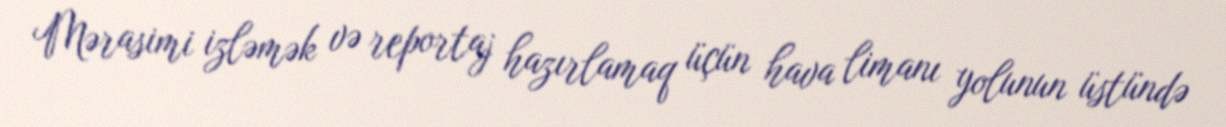
Mərasimi izləmək və reportaj hazırlamaq üçün hava limanı yolunun üstündə